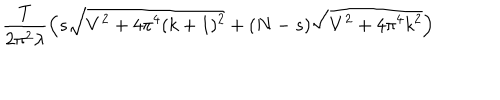
LaTeX: \frac { T } { 2 \pi ^ { 2 } \lambda } \Big ( s \sqrt { V ^ { 2 } + 4 \pi ^ { 4 } ( k + 1 ) ^ { 2 } } + ( N - s ) \sqrt { V ^ { 2 } + 4 \pi ^ { 4 } k ^ { 2 } } \Big )